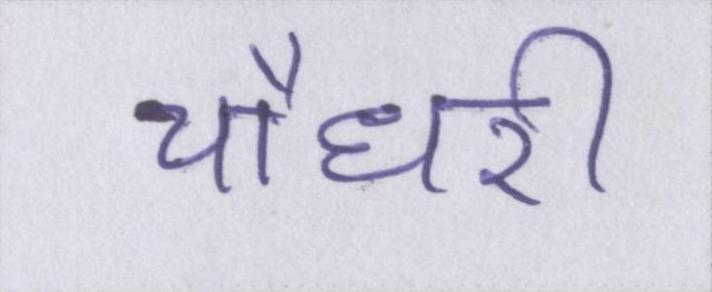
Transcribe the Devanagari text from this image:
चौधरी